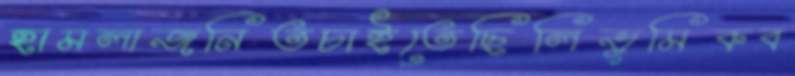
হামলাজনিতচাইতেছিলিভূমিকব